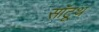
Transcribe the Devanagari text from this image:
सॉटूथ